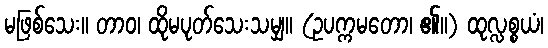
မဖြစ်သေး။ တာဝ၊ ထိုမပုတ်သေးသမျှ။ (ဥပက္ကမတော၊ ၏။) ထုလ္လစ္စယံ၊